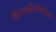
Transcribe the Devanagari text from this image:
सेटलमेंटसमोरच्या